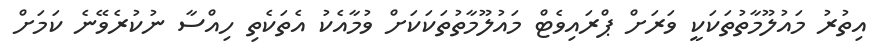
އިތުރު މައުލޫމާތުތަކަކީ ވަރަށް ޕްރައިވެޓް މައުލޫމާތުތަކަކަށް ވުމާއެކު އެތަކެތި ހިއްސާ ނުކުރެވޭނެ ކަމަށް